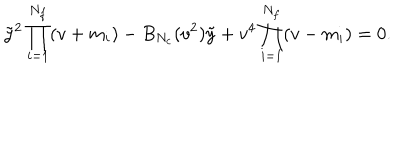
LaTeX: \tilde { y } ^ { 2 } \prod _ { i = 1 } ^ { N _ { f } } ( v + m _ { i } ) - B _ { N _ { c } } ( v ^ { 2 } ) \tilde { y } + v ^ { 4 } \prod _ { i = 1 } ^ { N _ { f } } ( v - m _ { i } ) = 0 .